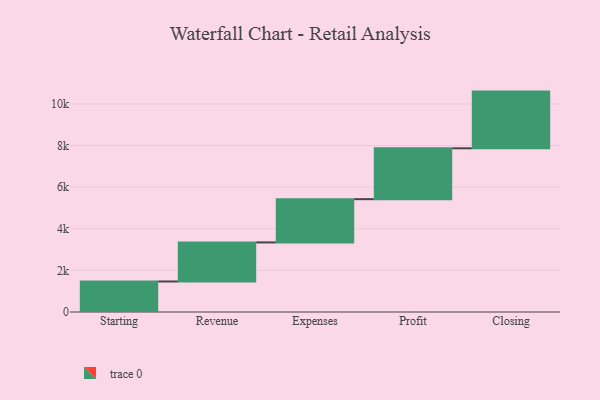
{"axis": {"x": "Step", "y": "Value"}, "legend": [""], "data": [{"x": "Starting", "y": 1467.0, "type": ""}, {"x": "Revenue", "y": 1877.0, "type": ""}, {"x": "Expenses", "y": 2079.0, "type": ""}, {"x": "Profit", "y": 2444.0, "type": ""}, {"x": "Closing", "y": 2725.0, "type": ""}]}